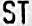
ST